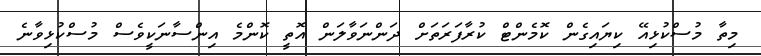
މިތާ މުސްކުޅިއޭ ކިޔައިގެން ކޮމެންޓް ކުރާފަރަތަށް ދަންނަވާލަން އޮތީ ކޮންމެ އިންސާނަކީވެސް މުސްކުޅިވާނެ